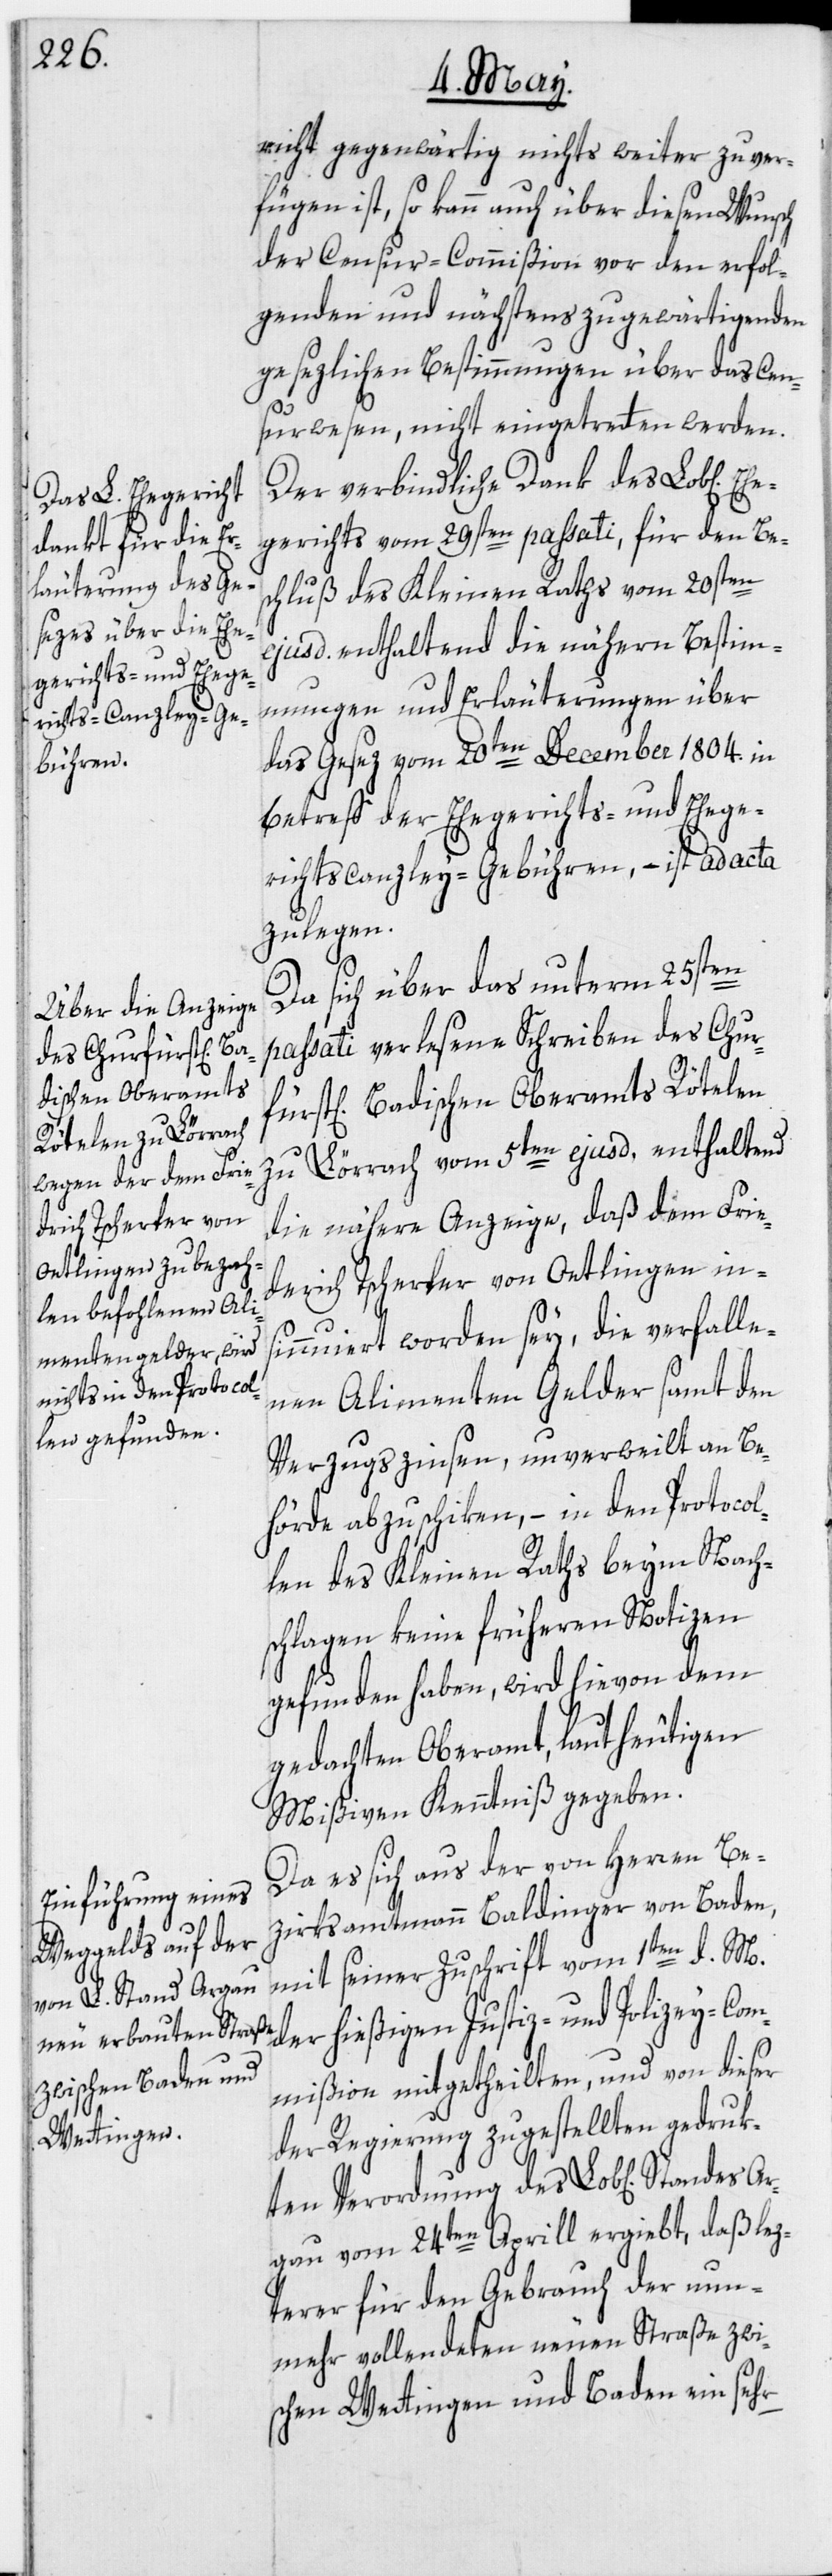
derich
fürst[l¬

richt gegenwärtig nichts weiter zu ver¬
fügen ist, so kann auch über diesen Wunsch
der Censur-Commißion vor den erfol¬
genden und nächstens zu gewärtigenden
gesezlichen Bestimmungen über das Cen¬
surwesen, nicht eingetretten werden.
Der verbindliche Dank des Lob[liche¬
egerichts vom 29sten passati, für den Be¬
schluß des Kleinen Raths vom 20sten
ejusd. enthaltend die nähern Bestim¬
mungen und Erläuterungen über
das Gesez vom 20ten December 1804. in
Betreff der Ehegerichts- und Ehege¬
richtscanzley-Gebühren, – ist ad acta
zu legen.
Da sich über das unterm 25sten
passati verlesene Schreiben des Chur¬
ich] Badischen Oberamts Rötelen
zu Lörrach vom 5ten ejusd. enthaltend
die nähere Anzeige, daß dem Frie¬
Tscherter von Oetlingen in¬
Eh¬
sinnuiert worden sey, die verfalle¬
nen Alimenten Gelder samt den
Verzugszinsen, unverweilt an Be¬
hörde abzuschiken, – in den Protocol¬
len des Kleinen Raths beym Nach¬
schlagen keine früheren Notizen
gefunden haben, wird hievon dem
gedachten Oberamt, laut heutigen
Mißiven Kenntniß gegeben.
Da es sich aus der von Herren Be¬
zirksamtmann Baldinger von Baden,
mit seiner Zuschrift vom 1ten d. M.
der hießigen Justiz- und Polizey-Com¬
mißion mitgetheilten, und von dieser
der Regierung zugestellten gedruk¬
ten Verordnung des Lob[lichen]
Argau vom 24ten Aprill ergiebt, daß lez¬
terer für den Gebrauch der nun¬
mehr vollendeten neuen Straße zwi¬
schen Wettingen und Baden ein sehr